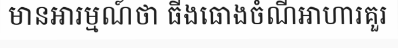
មានអារម្មណ៍ថា ធីងធោងចំណីអាហារគួរ